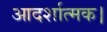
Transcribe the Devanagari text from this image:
आदर्शात्मक।